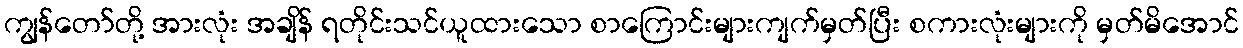
ကျွန်တော်တို့ အားလုံး အချိန် ရတိုင်းသင်ယူထားသော စာကြောင်းများကျက်မှတ်ပြီး စကားလုံးများကို မှတ်မိအောင်